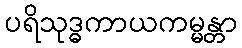
ပရိသုဒ္ဓကာယကမ္မန္တာ